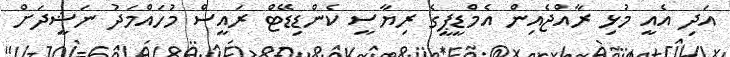
އަދި އެއީ މުޅި ރާއްޖެއިން އެމްޑީޕީގެ ރިޔާސީ ކެންޑިޑޭޓް ރައީސް މުހައްމަދު ނަޝީދަށް